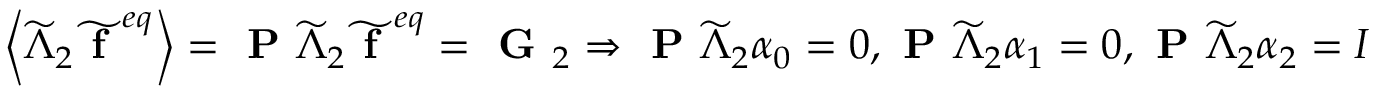
\left\langle \widetilde { \Lambda } _ { 2 } \widetilde { \textbf { f } } ^ { e q } \right\rangle = \textbf { P } \widetilde { \Lambda } _ { 2 } \widetilde { \textbf { f } } ^ { e q } = \textbf { G } _ { 2 } \Rightarrow \textbf { P } \widetilde { \Lambda } _ { 2 } \boldsymbol { \alpha } _ { 0 } = 0 , \textbf { P } \widetilde { \Lambda } _ { 2 } \boldsymbol { \alpha } _ { 1 } = 0 , \textbf { P } \widetilde { \Lambda } _ { 2 } \boldsymbol { \alpha } _ { 2 } = I